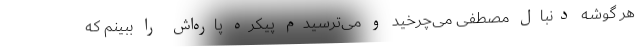
هر گوشه دنبال مصطفی می‌چرخید و می‌ترسیدم پیکره پاره‌اش را ببینم که